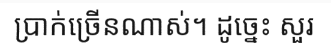
ប្រាក់ច្រើនណាស់។ ដូច្នេះ សួរ